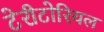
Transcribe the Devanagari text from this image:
टेरीटोरियल